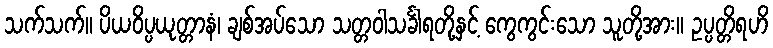
သက်သက်။ ပိယဝိပ္ပယုတ္တာနံ၊ ချစ်အပ်သော သတ္တဝါသင်္ခါရတို့နှင့် ကွေကွင်းသော သူတို့အား။ ဥပ္ပတ္တိရဟိ